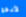
لأدفع